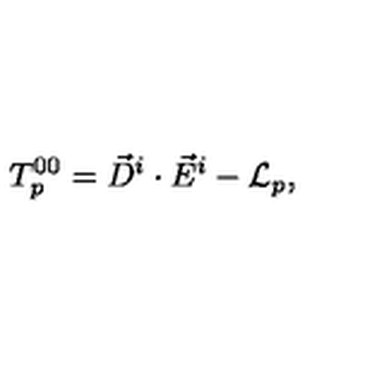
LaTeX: T _ { p } ^ { 0 0 } = \vec { D } ^ { i } \cdot \vec { E } ^ { i } - { \cal L } _ { p } ,